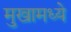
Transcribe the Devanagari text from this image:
मुखामध्ये